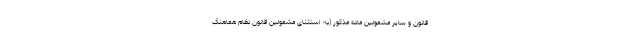
قانون و سایر مشمولین ماده مذکور (به استثنای مشمولین قانون نظام هماهنگ